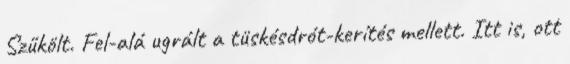
Szűkölt. Fel-alá ugrált a tüskésdrót-kerítés mellett. Itt is, ott